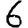
Digit: 6